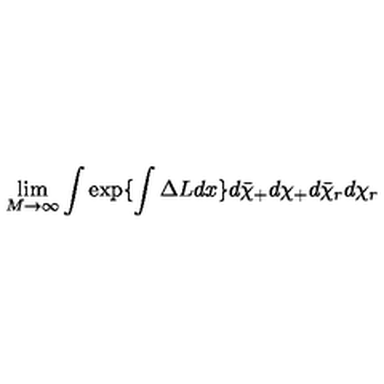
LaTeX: \lim _ { M \rightarrow \infty } \int \exp \{ \int \Delta L d x \} d \bar { \chi } _ { + } d \chi _ { + } d \bar { \chi } _ { r } d \chi _ { r }